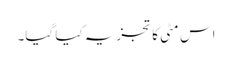
اس مٹی کا تجزیہ کیا گیا۔